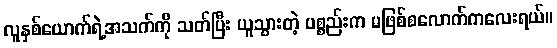
လူနှစ်ယောက်ရဲ့အသက်ကို သတ်ပြီး ယူသွားတဲ့ ပစ္စည်းက မဖြစ်စလောက်ကလေးရယ်။